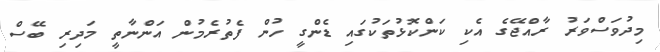
މިދުވަސްވަރު ރާއްޖޭގެ އެކި ކަންކޮޅުތަކުގައި ޑެންގީ ހުން ފެތުރެމުން އަންނާތީ މަދިރި ބޭސް